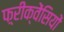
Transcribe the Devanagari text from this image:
फ़्रीक्वेंसियों